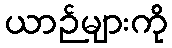
ယာဉ်များကို